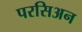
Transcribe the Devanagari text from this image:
परसिअन